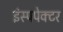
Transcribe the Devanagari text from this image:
इंस्पपेक्टर